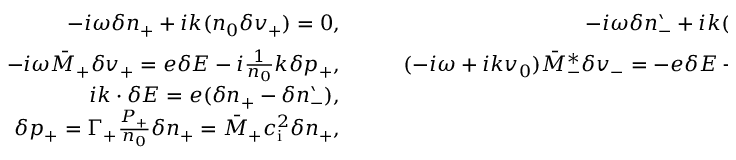
\begin{array} { r l r } { - i \omega \delta n _ { + } + i k ( n _ { 0 } \delta v _ { + } ) = 0 , } & { { } \quad } & { - i \omega \delta n _ { - } ^ { \backprime } + i k ( n _ { 0 } \delta v _ { - } ) + i k v _ { 0 } \delta n _ { - } ^ { \backprime } = 0 , } \\ { - i \omega \bar { M } _ { + } \delta v _ { + } = e \delta E - i \frac { 1 } { n _ { 0 } } k \delta p _ { + } , } & { { } \quad } & { ( - i \omega + i k v _ { 0 } ) \bar { M } _ { - } ^ { \ast } \delta v _ { - } = - e \delta E - i \frac { 1 } { n _ { 0 } } k \left( 1 - \frac { v _ { 0 } \omega } { c ^ { 2 } k } \right) ^ { 2 } \delta p _ { - } ^ { \backprime } , } \\ { i k \cdot \delta E = e ( \delta n _ { + } - \delta n _ { - } ^ { \backprime } ) , } \\ { \delta p _ { + } = \Gamma _ { + } \frac { P _ { + } } { n _ { 0 } } \delta n _ { + } = \bar { M } _ { + } c _ { \mathrm { i } } ^ { 2 } \delta n _ { + } , } & { { } } & { \delta p _ { - } ^ { \backprime } = \bar { M } _ { - } ^ { \ast } c _ { \mathrm { e } } ^ { 2 } \delta n _ { - } ^ { \backprime } , } \end{array}